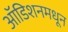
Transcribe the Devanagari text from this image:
ऑडिशनमधून